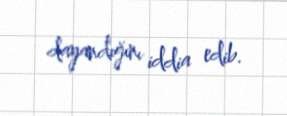
dayandığını iddia edib.